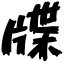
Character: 牒